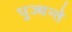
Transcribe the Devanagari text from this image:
पुज्यन्ते